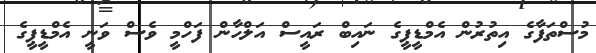
މުސްތަފާގެ އިތުރުން އެމްޑީޕީގެ ނައިބް ރައީސް އަލްހާން ފަހްމީ ވެސް ވަނީ އެމްޑީޕީގެ